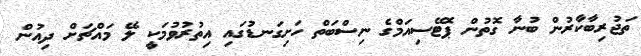
ތަޖުރިބާކާރުން ބުނާ ގޮތުން ޕޮޓޭސިއަމްގެ ނިސްބަތް ހަށިގަނޑުގައި އިތުރުވުމަކީ ލޭ މައްޗަށް ދިއުން